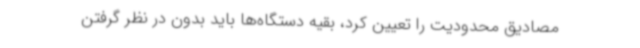
مصادیق محدودیت را تعیین کرد، بقیه دستگاه‌ها باید بدون در نظر گرفتن